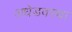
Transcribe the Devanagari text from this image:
अधेडवस्था